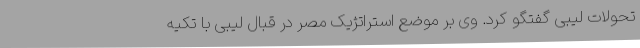
تحولات لیبی گفتگو کرد. وی بر موضع استراتژیک مصر در قبال لیبی با تکیه